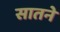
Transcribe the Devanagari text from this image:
सातने